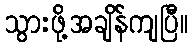
သွားဖို့အချိန်ကျပြီ။